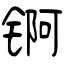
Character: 锕